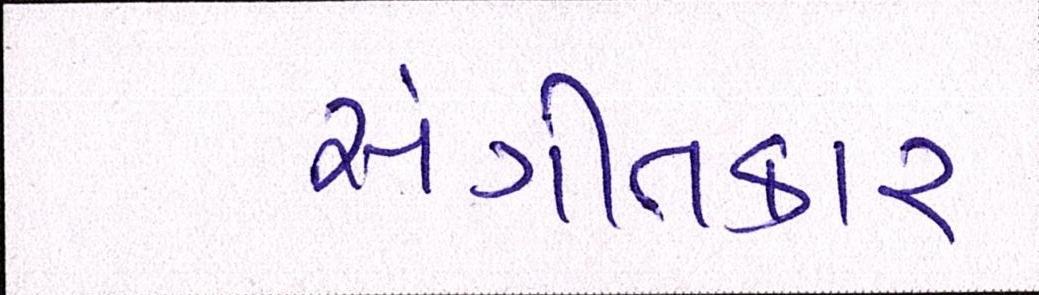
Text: સંગીતકાર